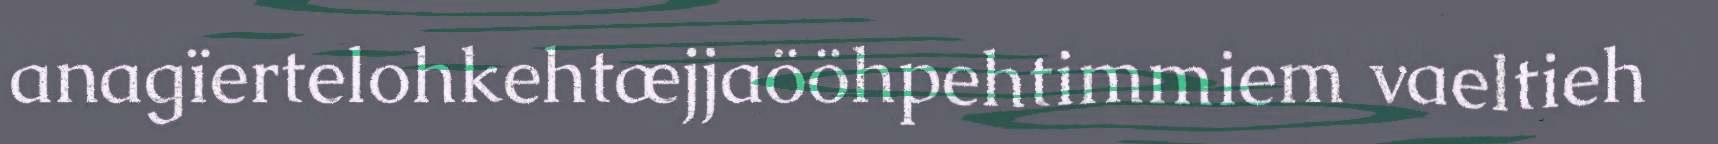
anagïertelohkehtæjjaööhpehtimmiem vaeltieh